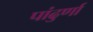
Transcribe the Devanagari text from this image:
पांढुर्णा